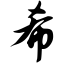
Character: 希